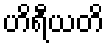
ဟိရီယတိ